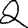
Digit: 2